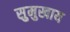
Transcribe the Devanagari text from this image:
सुमुखाय